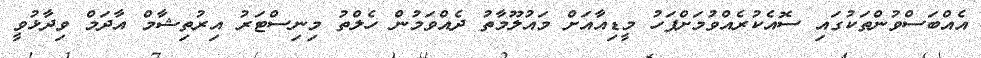
އެއްބަސްވުންތަކުގައި ސޮއެކުރެއްވުމަށްފަހު މީޑިއާއަށް މައުލޫމާތު ދެއްވަމުން ހެލްތު މިނިސްޓަރު އިރުތިޝާމް އާދަމް ވިދާޅުވީ